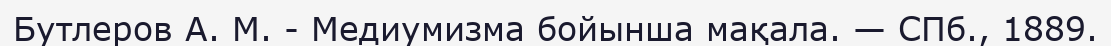
Бутлеров А. М. - Медиумизма бойынша мақала. — СПб., 1889.